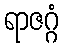
ရာဇဂ္ဂံ